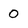
Character: 0